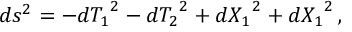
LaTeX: d s ^ { 2 } = - d { T _ { 1 } } ^ { 2 } - d { T _ { 2 } } ^ { 2 } + d { X _ { 1 } } ^ { 2 } + d { X _ { 1 } } ^ { 2 } \, ,